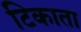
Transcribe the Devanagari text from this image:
टिकाता